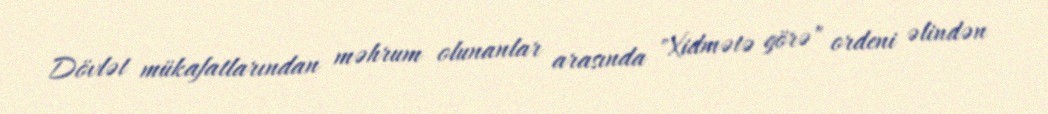
Dövlət mükafatlarından məhrum olunanlar arasında "Xidmətə görə" ordeni əlindən